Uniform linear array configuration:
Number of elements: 64
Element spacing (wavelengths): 1
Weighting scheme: cosine
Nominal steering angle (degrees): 15
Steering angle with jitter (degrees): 14.112
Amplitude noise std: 0.05
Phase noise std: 0.05

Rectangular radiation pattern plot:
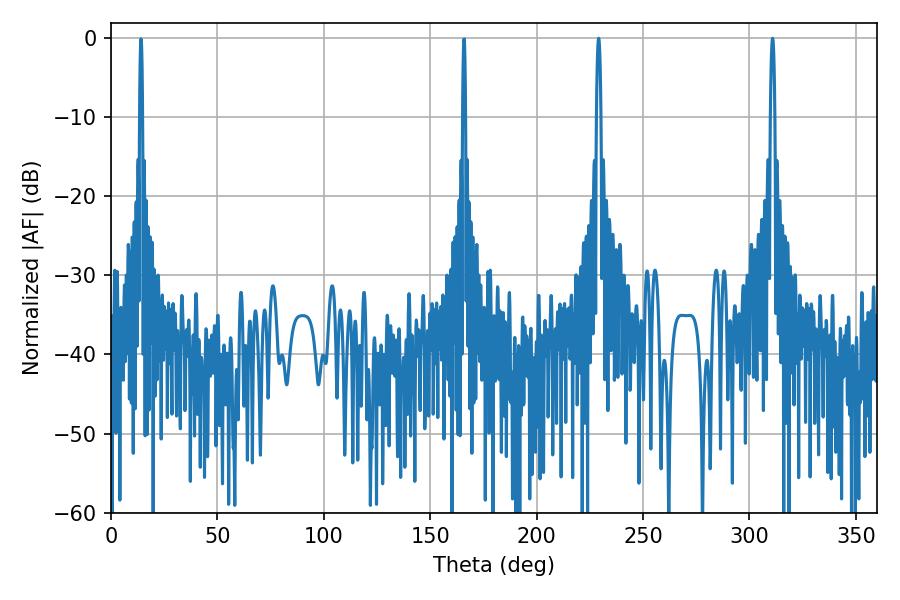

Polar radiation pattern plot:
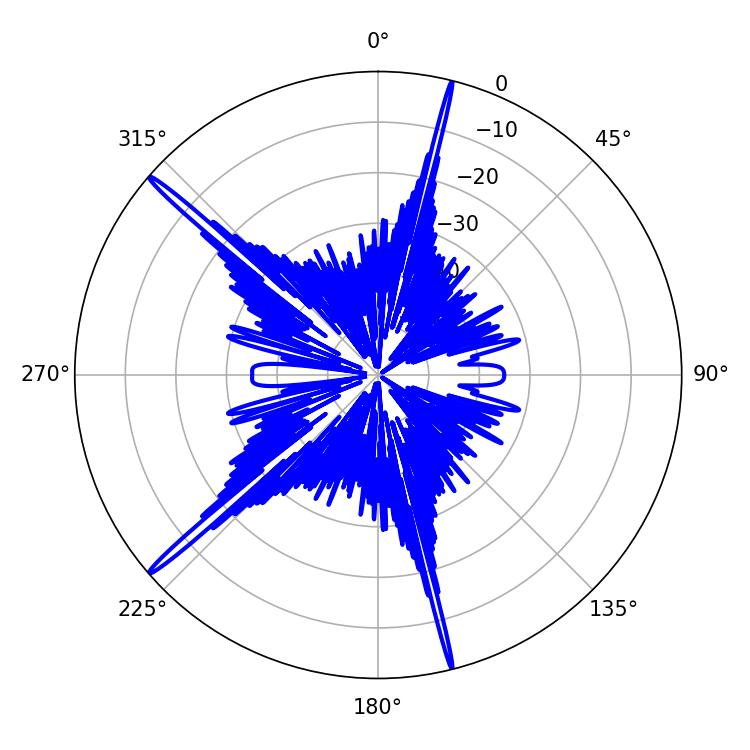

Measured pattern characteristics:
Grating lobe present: TRUE
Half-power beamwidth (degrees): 1.08
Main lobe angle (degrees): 229.14